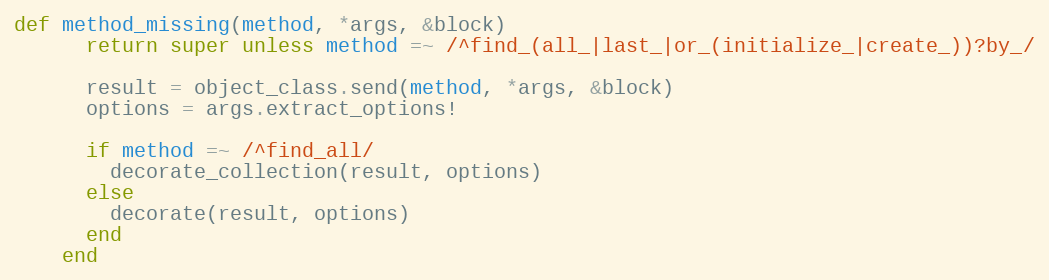
Language: Ruby
def method_missing(method, *args, &block)
      return super unless method =~ /^find_(all_|last_|or_(initialize_|create_))?by_/

      result = object_class.send(method, *args, &block)
      options = args.extract_options!

      if method =~ /^find_all/
        decorate_collection(result, options)
      else
        decorate(result, options)
      end
    end